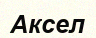
Аксел